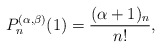
\begin{align*}P_n^{(\alpha,\beta)}(1) = \frac{(\alpha+1)_n}{n!},\end{align*}